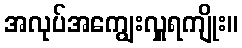
အလုပ်အကျွေးလှူရကျိုး။